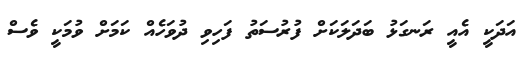
އަދަކީ އެއީ ރަނގަޅު ބަދަލަކަށް ފުރުސަތު ފަހިވި ދުވަހެއް ކަމަށް ވުމަކީ ވެސް